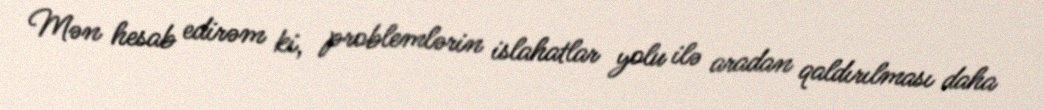
Mən hesab edirəm ki, problemlərin islahatlar yolu ilə aradan qaldırılması daha